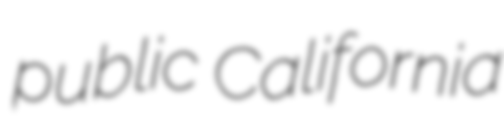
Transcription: public California